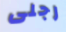
رجلى